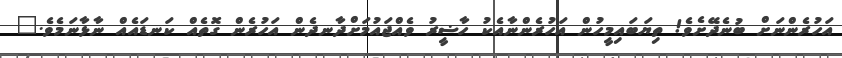
އަހުރެންނަށް ބުނެދޭށެވެ! ތިޔަބައިމީހުން އަހުރެންނާއެކު ހާޟީރު ވެއްޖައުމަށްދާނދެން އަހުރެން ގޮތެއް ކަނޑައެއް ނާޅާނަމެވެ."